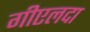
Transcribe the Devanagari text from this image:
गीएलदा